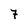
Character: 7